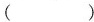
（）